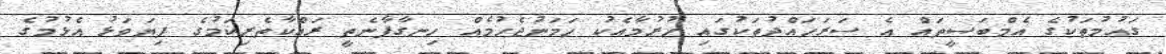
ގައުމުތަކުގެ އެމްބަސީތައް އެ ސަރަހައްދުތަކުގައި ހުރުމާއެކު ހަމަނުޖެހުމެއް ހިނގާފާނެތީ ރައްކާތެރިކަމުގެ ފިޔަވަޅު އެޅުމުގެ